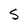
Character: S